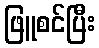
ဖြူစင်ပြီး